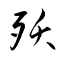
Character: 殀